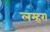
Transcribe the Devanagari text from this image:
लम्हरा